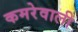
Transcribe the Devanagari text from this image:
कमरेवाली